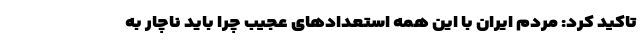
تاکید کرد: مردم ایران با این همه استعدادهای عجیب چرا باید ناچار به